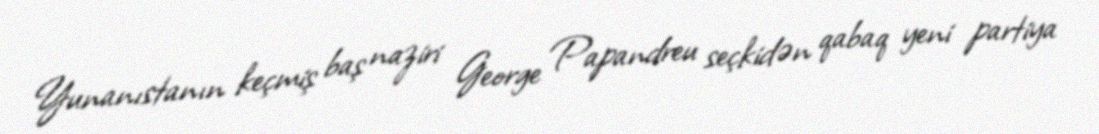
Yunanıstanın keçmiş baş naziri George Papandreu seçkidən qabaq yeni partiya